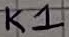
Text: K1